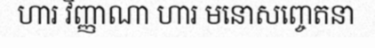
ហារ វិញ្ញាណា ហារ មនោសញ្ចេតនា